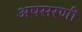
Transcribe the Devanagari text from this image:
अपसरणी